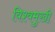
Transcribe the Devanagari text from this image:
विश्वमुखी